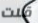
قلت